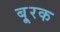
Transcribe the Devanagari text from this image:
बू्रक